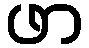
ဖာ